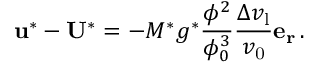
\mathbf { u ^ { * } } - \mathbf { U ^ { * } } = - M ^ { * } g ^ { * } \frac { \phi ^ { 2 } } { \phi _ { 0 } ^ { 3 } } \frac { \Delta v _ { \mathrm { l } } } { v _ { \mathrm { 0 } } } \mathbf { e _ { r } } \, .